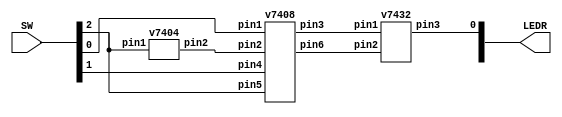
`timescale 1ns / 1ns

module mux (LEDR, SW);
	input [2:0]SW;
	output [1:0]LEDR;
	wire w1, w2, w3;
	
	v7404 u1(.pin1(SW[2]), .pin2(w1));
	v7408 u2(.pin1(SW[0]), .pin2(w1), .pin3(w2), .pin4(SW[1]), .pin5(SW[2]), .pin6(w3));
	v7432 u3(.pin1(w2), .pin2(w3), .pin3(LEDR[0]));
endmodule 

module v7404 (input pin1, pin3, pin5, pin7, pin9, pin11, 
              output pin2, pin4, pin6, pin8, pin10, pin12);
    assign pin2 = ~pin1;
    assign pin4 = ~pin3;
    assign pin6 = ~pin5;
    assign pin8 = ~pin7;
    assign pin10 = ~pin9;
    assign pin12 = ~pin11;
endmodule

module v7432 (input pin1, pin2, pin4, pin5, pin7, pin8, pin10, pin11,
              output pin3, pin6, pin9, pin12);
    assign pin3 = pin1|pin2;
    assign pin6 = pin4|pin5;
    assign pin9 = pin7|pin8;
    assign pin12 = pin10|pin11;
endmodule

module v7408 (input pin1, pin2, pin4, pin5, pin7, pin8, pin10, pin11,
              output pin3, pin6, pin9, pin12);
    assign pin3 = pin1&pin2;
    assign pin6 = pin4&pin5;
    assign pin9 = pin7&pin8;
    assign pin12 = pin10&pin11;
endmodule